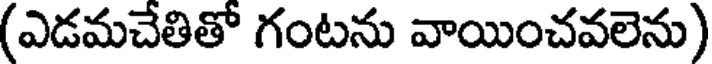
(ఎడమచేతితో గంటను వాయించవలెను)